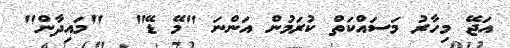
އަޖޭ މިހާރު މަސައްކަތް ކުރަމުން އަންނަ "މޭ ޑޭ"  "މައިދާން"